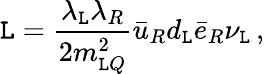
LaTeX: {\cal\mathtt{L}}={\frac{{\lambda_{\mathtt{L}}\lambda_{R}}}{{2m_{\mathtt{L}Q}^{2}}}}\bar{{u}}_{R}d_{\mathtt{L}}\bar{{e}}_{R}\nu_{\mathtt{L}}\, ,